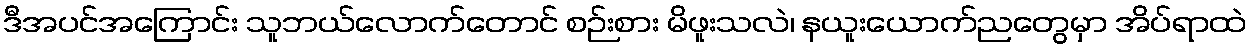
ဒီအပင်အကြောင်း သူဘယ်လောက်တောင် စဉ်းစား မိဖူးသလဲ၊ နယူးယောက်ညတွေမှာ အိပ်ရာထဲ